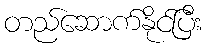
တည်ဆောက်နိုင်ပြီး